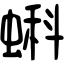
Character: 蝌